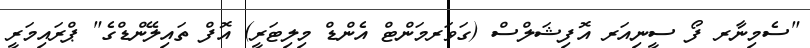
"ސެމިނާރ ފޯ ސީނިއަރ އޮފިޝަލްސް (ގަވަރމަންޓް އެންޑް މިލިޓަރީ) އޮފް ތައިލޭންޑްގެ" ޕްރައިމަރީ